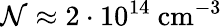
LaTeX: \mathcal{N}\approx 2\cdot 10^{14}\mathrm{~cm^{-3}}